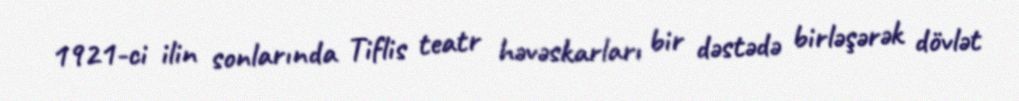
1921-ci ilin sonlarında Tiflis teatr həvəskarları bir dəstədə birləşərək dövlət